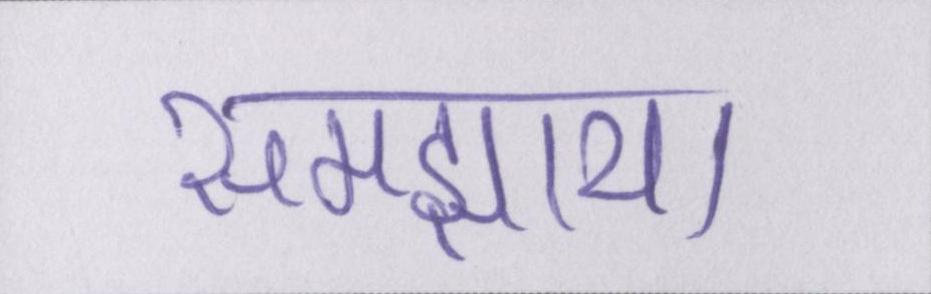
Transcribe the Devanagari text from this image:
समझाया